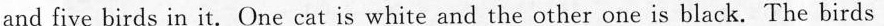
and five birds in it. One cat is white and the other one is black. The birds